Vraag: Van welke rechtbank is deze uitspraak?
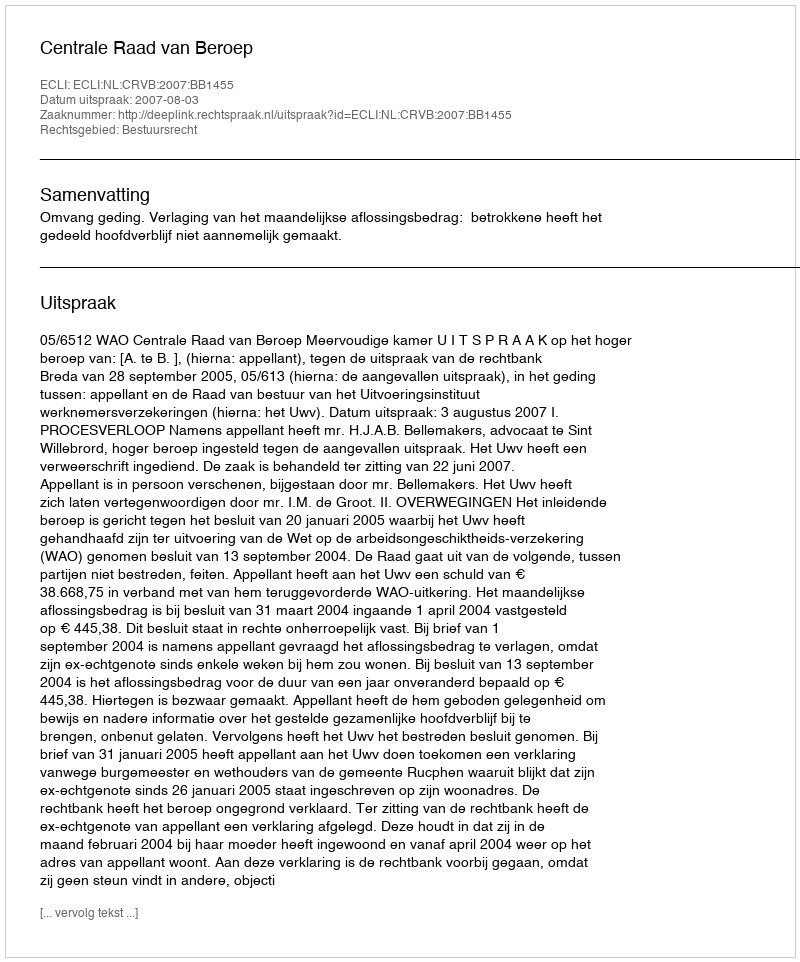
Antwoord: Centrale Raad van Beroep